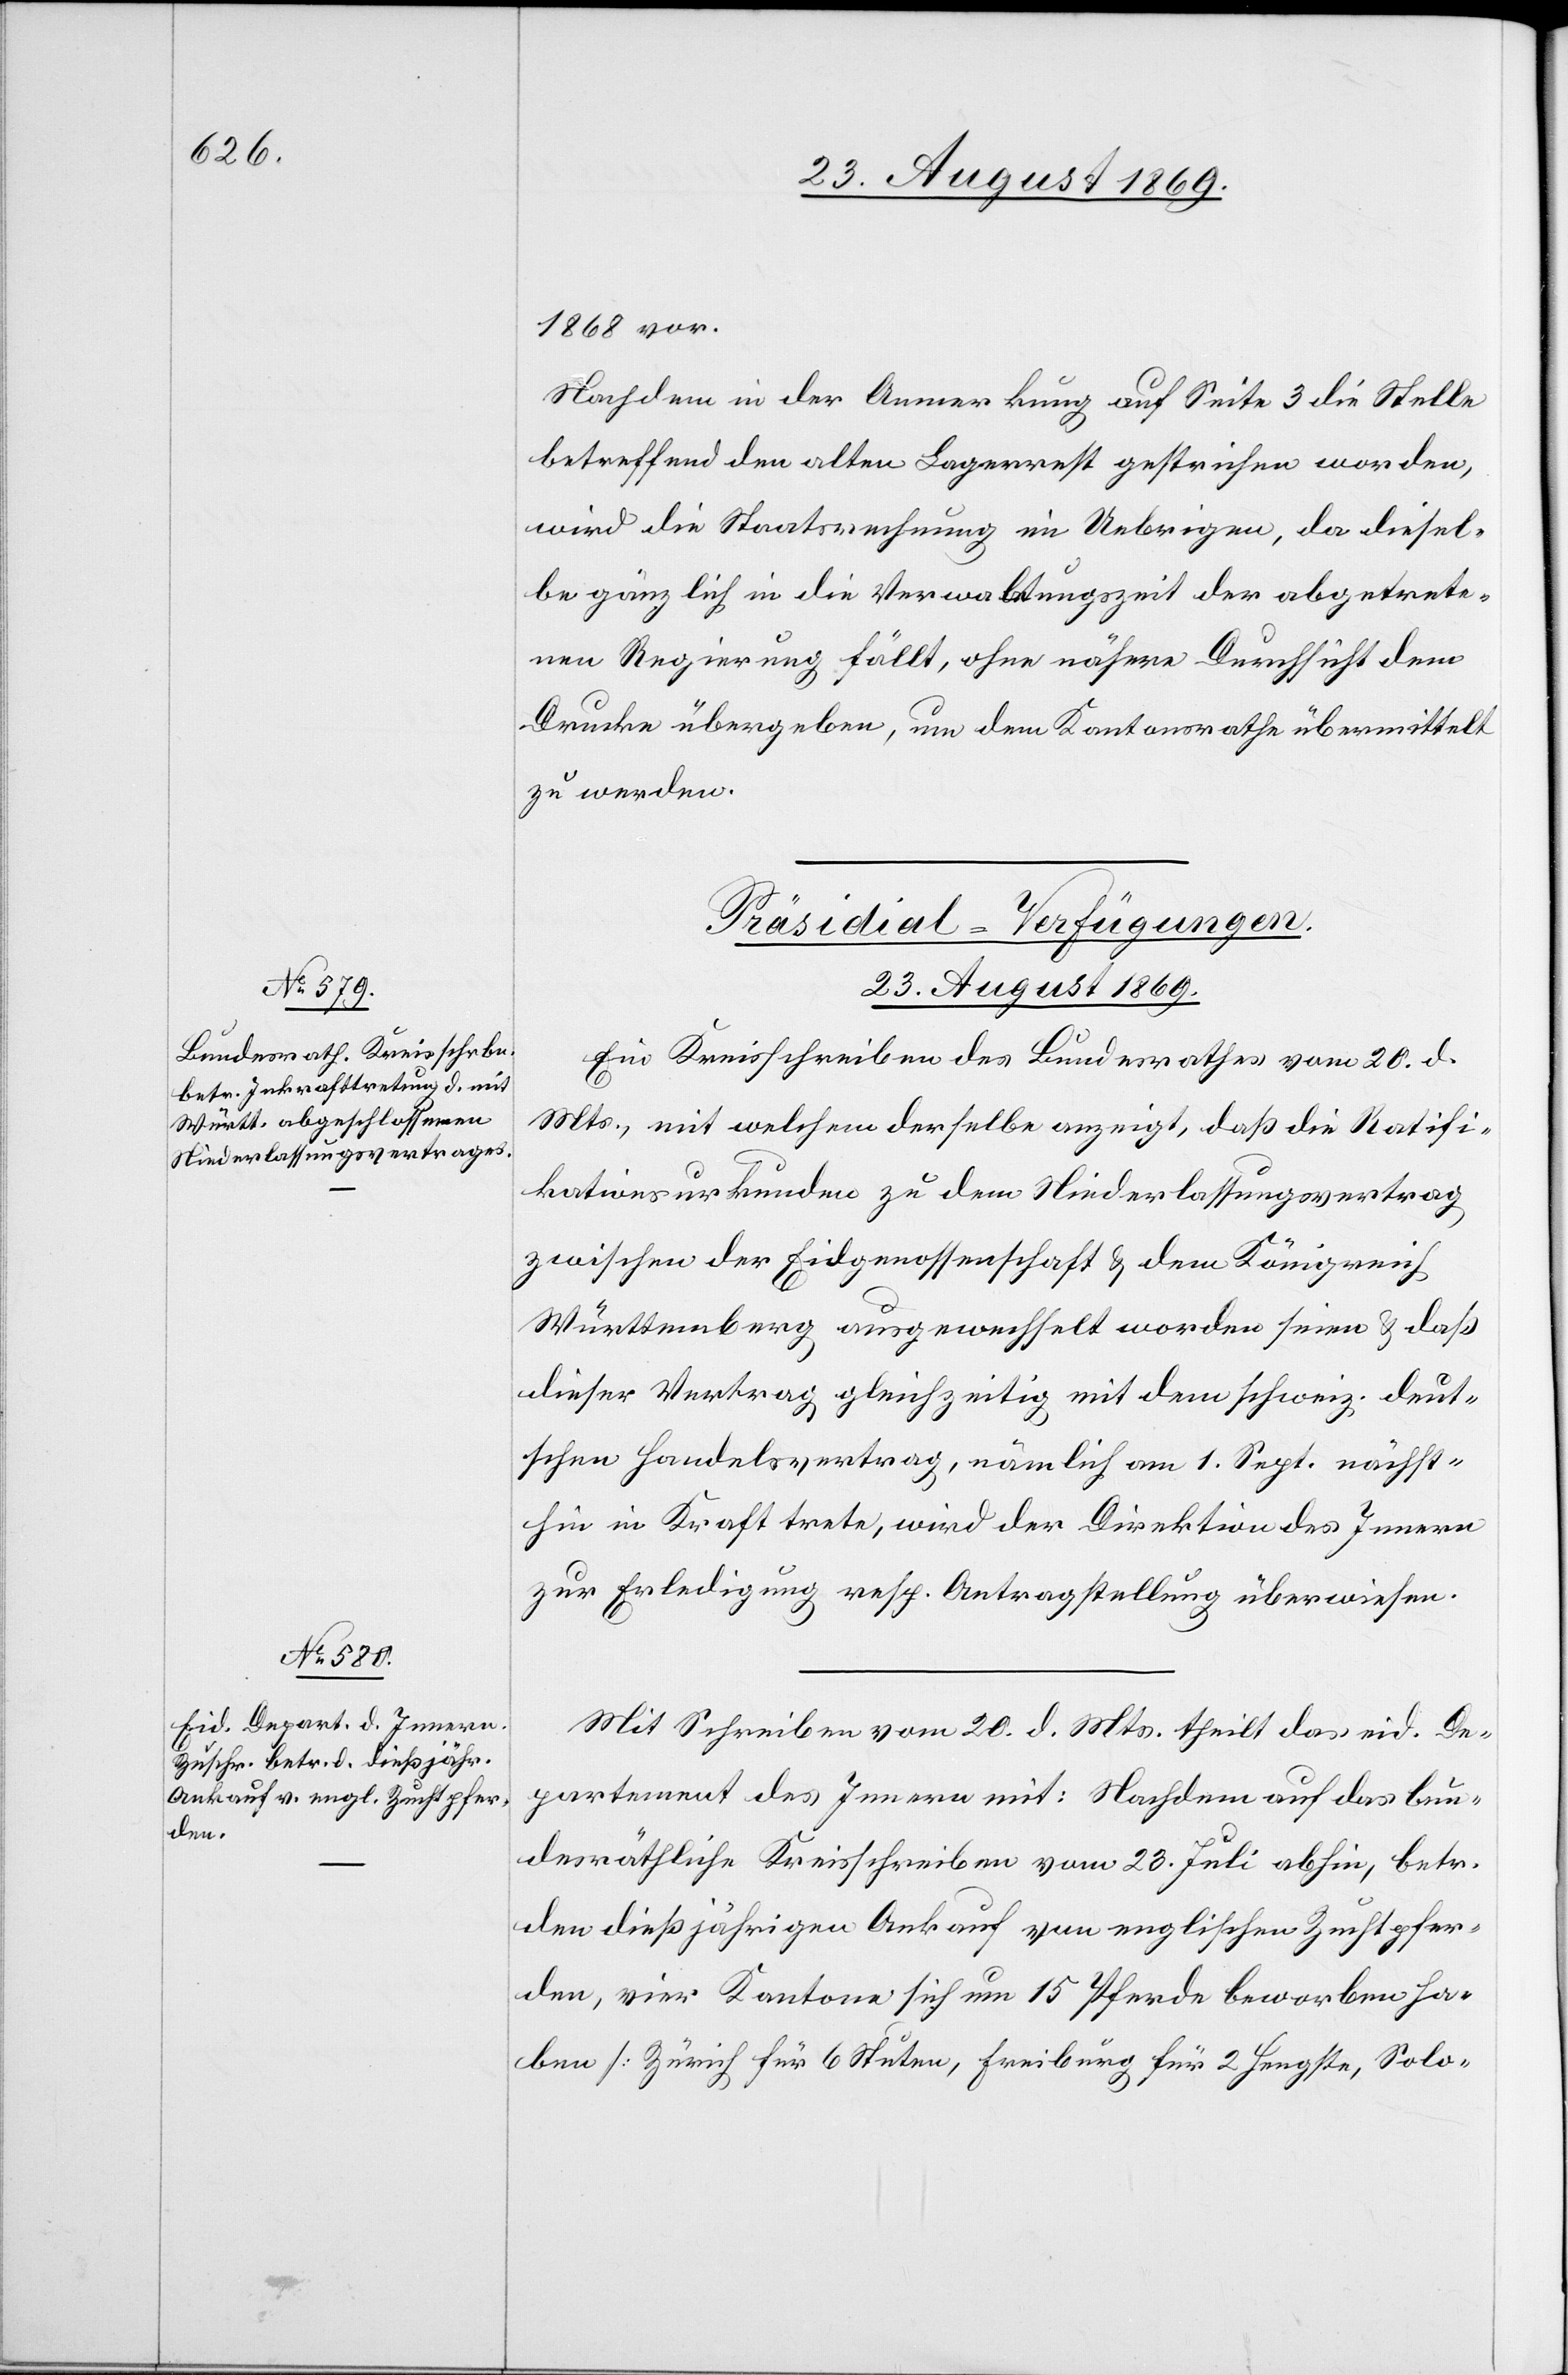
1868 vor.
Nachdem in der Anmerkung auf Seite 3 die Stelle
betreffend den alten Lagerrest gestrichen worden,
wird die Staatsrechnung im Uebrigen, da diesel¬
be gänzlich in die Verwaltungszeit der abgetrete¬
nen Regierung fällt, ohne nähere Durchsicht dem
Drucke übergeben, um dem Kantonsrathe übermittelt
zu werden.
[Präsidial-Verfügungen.
23. August 1869.]
Ein Kreisschreiben des Bundesrathes vom 20. d.
Mts., mit welchem derselbe anzeigt, daß die Ratifi¬
kationsurkunden zu dem Niederlassungsvertrag
zwischen der Eidgenossenschaft & dem Königreich
Württemberg ausgewechselt worden seien & daß
dieser Vertrag gleichzeitig mit dem schweiz. deut¬
schen Handelsvertrag, nämlich am 1. Sept. nächst¬
hin in Kraft trete, wird der Direktion des Innern
zur Erledigung resp. Antragstellung überwiesen.
Mit Schreiben vom 20. d. Mts. theilt das eid. De¬
partement des Innern mit: Nachdem auf das bun¬
desräthliche Kreisschreiben vom 23. Juli abhin, betr.
den dießjährigen Ankauf von englischen Zuchtpfer¬
den, vier Kantone sich um 15 Pferde beworben ha¬
ben [Zürich für 6 Stuten, Freiburg für 2 Hengste, Solo-